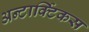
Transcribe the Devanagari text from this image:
अन्टार्क्टिकस